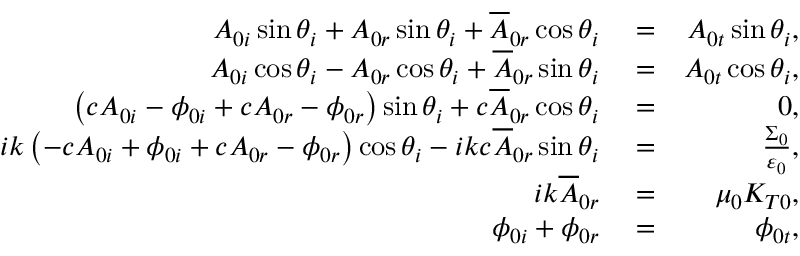
\begin{array} { r l r } { A _ { 0 i } \sin \theta _ { i } + A _ { 0 r } \sin \theta _ { i } + \overline { { A } } _ { 0 r } \cos \theta _ { i } } & { { } = } & { A _ { 0 t } \sin \theta _ { i } , } \\ { A _ { 0 i } \cos \theta _ { i } - A _ { 0 r } \cos \theta _ { i } + \overline { { A } } _ { 0 r } \sin \theta _ { i } } & { { } = } & { A _ { 0 t } \cos \theta _ { i } , } \\ { \left( c A _ { 0 i } - \phi _ { 0 i } + c A _ { 0 r } - \phi _ { 0 r } \right) \sin \theta _ { i } + c \overline { { A } } _ { 0 r } \cos \theta _ { i } } & { { } = } & { 0 , } \\ { i k \left( - c A _ { 0 i } + \phi _ { 0 i } + c A _ { 0 r } - \phi _ { 0 r } \right) \cos \theta _ { i } - i k c \overline { { A } } _ { 0 r } \sin \theta _ { i } } & { { } = } & { \frac { \Sigma _ { 0 } } { \varepsilon _ { 0 } } , } \\ { i k \overline { { A } } _ { 0 r } } & { { } = } & { \mu _ { 0 } K _ { T 0 } , } \\ { \phi _ { 0 i } + \phi _ { 0 r } } & { { } = } & { \phi _ { 0 t } , } \end{array}